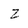
Character: z